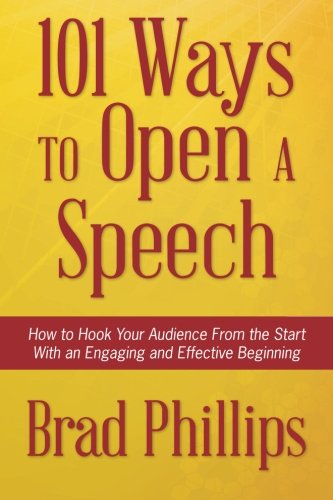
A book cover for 101 Ways to Open a Speech: How to Hook Your Audience From the Start With an Engaging and Effective Beginning; Brad Phillips; Business & Money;